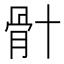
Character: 𮪦